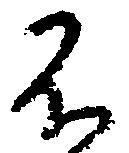
不